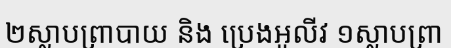
២ស្លាបព្រាបាយ និង ប្រេងអូលីវ ១ស្លាបព្រា